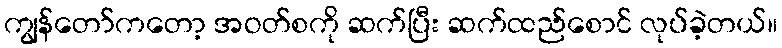
ကျွန်တော်ကတော့ အဝတ်စကို ဆက်ပြီး ဆက်ထည်စောင် လုပ်ခဲ့တယ်။